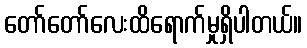
တော်တော်လေးထိရောက်မှုရှိပါတယ်။